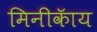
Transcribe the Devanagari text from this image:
मिनीकॅाय